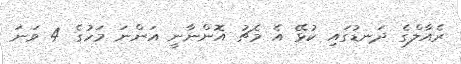
ރެއާލްގެ ދަނޑުގައި ކުޅޭ އެ މެޗު އޮންނާނީ އަންނަ މަހުގެ 4 ވަނަ